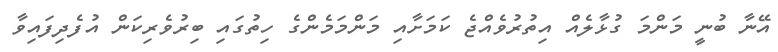
އޭނާ ބުނީ މަންމަ ގުޅާލެއް އިތުރުވެއްޖެ ކަމަށާއި މަންމަމެންގެ ހިތުގައި ބިރުވެރިކަން އުފެދިފައިވާ